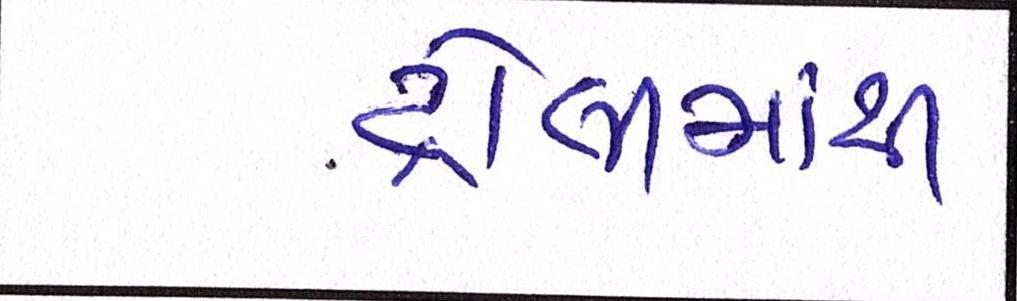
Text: ટ્રોલીમાંથી